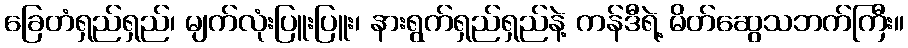
ခြေတံရှည်ရှည်၊ မျက်လုံးပြူးပြူး၊ နားရွက်ရှည်ရှည်နဲ့ ကန်ဒီရဲ့ မိတ်ဆွေသဘက်ကြီး။